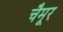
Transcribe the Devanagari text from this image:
चैमूर